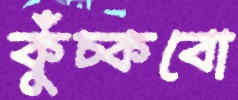
কুঁচ্‌কবো